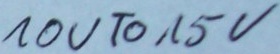
Text: 10VTo15V